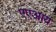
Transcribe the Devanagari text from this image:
एएआय